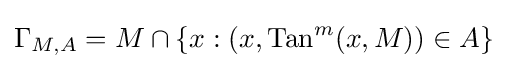
\Gamma _{M,A}=M\cap \{x:(x,\mathrm {Tan} ^{m}(x,M))\in A\}